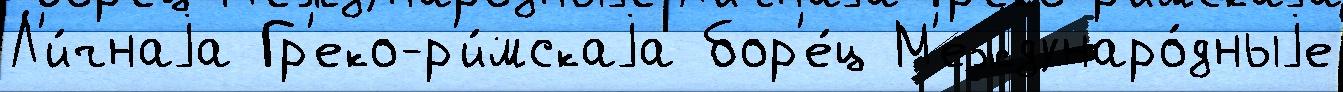
Л'и́чнаjа Гр'еко-р'и́мскаjа бор'е́ц М'еждунаро́дныjе